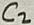
Text: C2